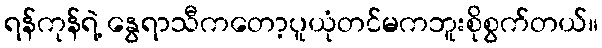
ရန်ကုန်ရဲ့ နွေရာသီကတော့ပူယုံတင်မကဘူးစိုစွက်တယ်။